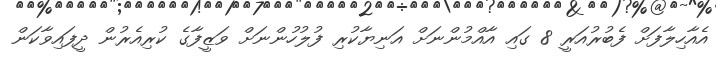
އެއާހިލާފަށް ފެބުރުއަރީ 8 ގައި އާއްމުންނަށް އަނިޔާކުރި ފުލުހުންނަށް ވަޒީފާގެ ކުރިއެރުން ދީފައިވާކަން